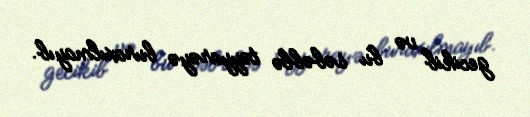
gecikib və bu səbəblə təyyarəyə buraxılmayıb.